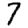
Digit: 7